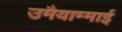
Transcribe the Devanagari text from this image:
उमैयाम्माई